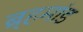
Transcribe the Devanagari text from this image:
ब्र्हमांड